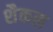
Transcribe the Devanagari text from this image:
शैकल